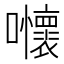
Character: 𡅬